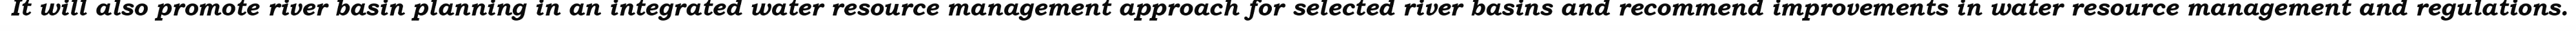
It will also promote river basin planning in an integrated water resource management approach for selected river basins and recommend improvements in water resource management and regulations.